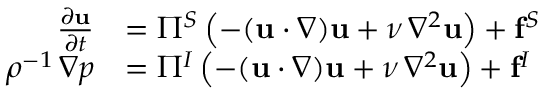
{ \begin{array} { r l } { { \frac { \partial \mathbf { u } } { \partial t } } } & { = \Pi ^ { S } \left( - ( \mathbf { u } \cdot \nabla ) \mathbf { u } + \nu \, \nabla ^ { 2 } \mathbf { u } \right) + \mathbf { f } ^ { S } } \\ { \rho ^ { - 1 } \, \nabla p } & { = \Pi ^ { I } \left( - ( \mathbf { u } \cdot \nabla ) \mathbf { u } + \nu \, \nabla ^ { 2 } \mathbf { u } \right) + \mathbf { f } ^ { I } } \end{array} }